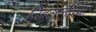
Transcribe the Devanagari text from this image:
निहलानींच्या